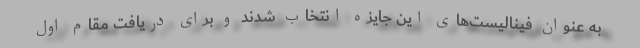
به عنوان فینالیست‌های این جایزه انتخاب شدند و برای دریافت مقام اول